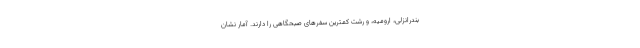
بندرانزلی، ارومیه، و رشت کمترین سفرهای صبحگاهی را دارند. آمار نشان